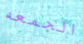
الجمعه